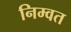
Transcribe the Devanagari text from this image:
निम्वत